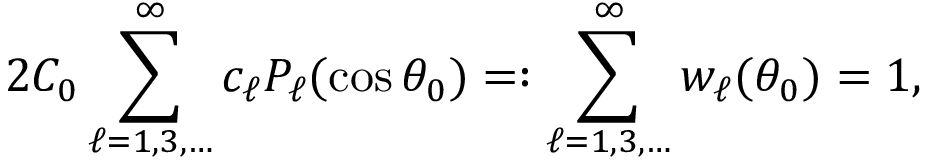
2 C _ { 0 } \sum _ { \ell = 1 , 3 , \ldots } ^ { \infty } c _ { \ell } P _ { \ell } ( \cos \theta _ { 0 } ) = : \sum _ { \ell = 1 , 3 , \ldots } ^ { \infty } w _ { \ell } ( \theta _ { 0 } ) = 1 ,